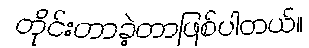
တိုင်းတာခဲ့တာဖြစ်ပါတယ်။